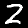
Label: 2